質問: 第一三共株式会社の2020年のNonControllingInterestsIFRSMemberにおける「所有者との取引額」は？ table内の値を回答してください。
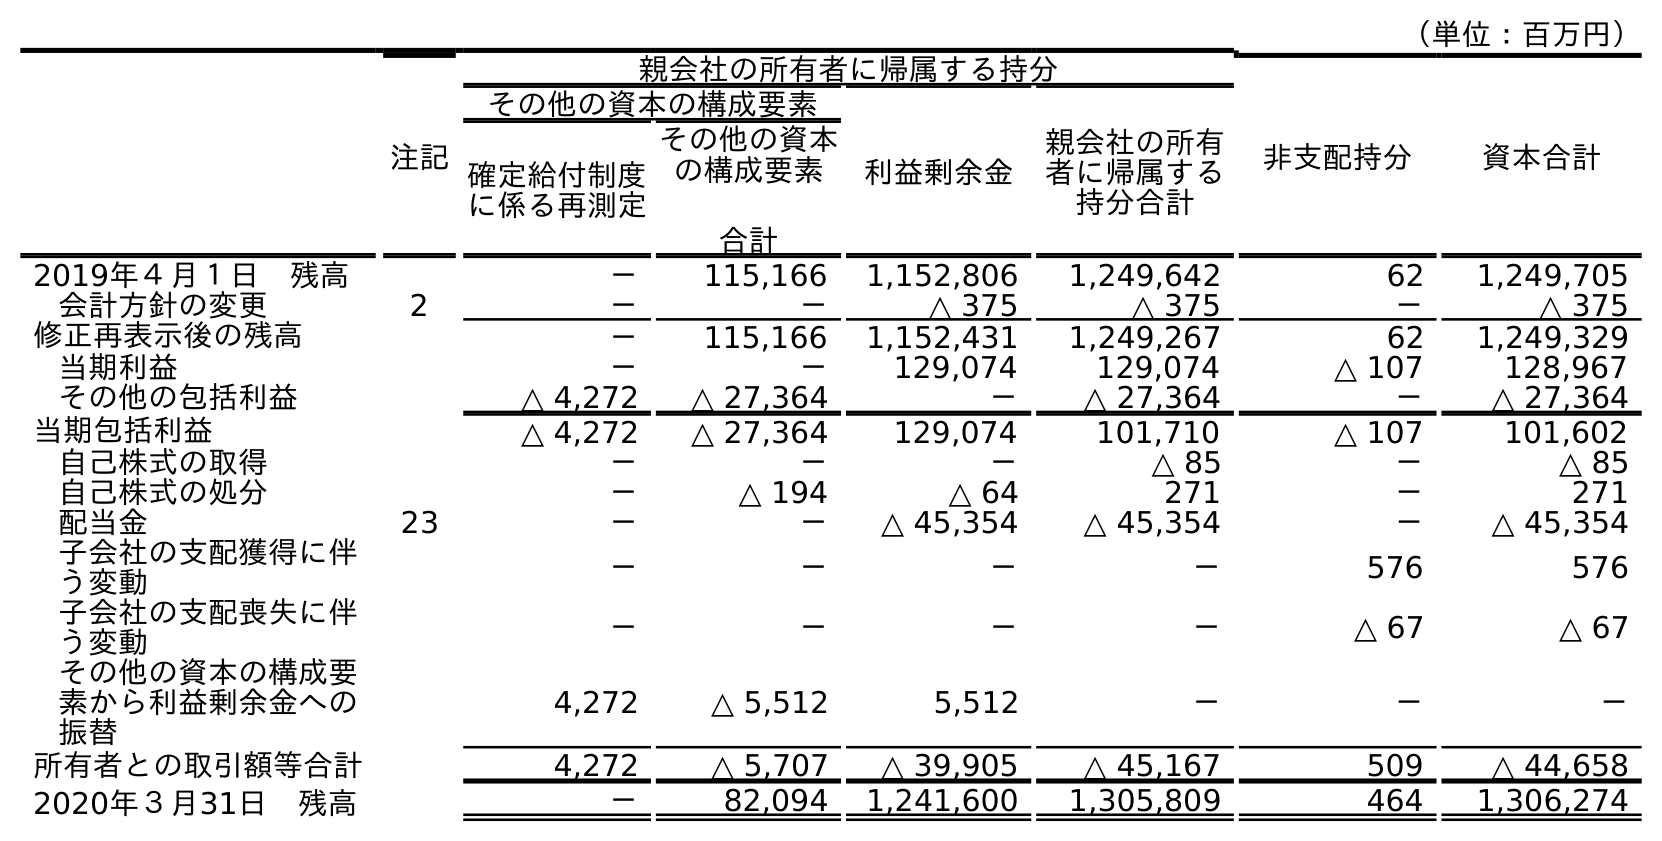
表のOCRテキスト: （単位：百万円） 注記 親会社の所有者に帰属する持分 非支配持分 資本合計 その他の資本の構成要素 利益剰余金 親会社の所有 者に帰属する 持分合計 確定給付制度 に係る再測定 その他の資本 の構成要素 合計 2019年４月１日 残高 － 115,166 1,152,806 1,249,642 62 1,249,705 会計方針の変更 2 － － △ 375 △ 375 － △ 375 修正再表示後の残高 － 115,166 1,152,431 1,249,267 62 1,249,329 当期利益 － － 129,074 129,074 △ 107 128,967 その他の包括利益 △ 4,272 △ 27,364 － △ 27,364 － △ 27,364 当期包括利益 △ 4,272 △ 27,364 129,074 101,710 △ 107 101,602 自己株式の取得 － － － △ 85 － △ 85 自己株式の処分 － △ 194 △ 64 271 － 271 配当金 23 － － △ 45,354 △ 45,354 － △ 45,354 子会社の支配獲得に伴 う変動 － － － － 576 576 子会社の支配喪失に伴 う変動 － － － － △ 67 △ 67 その他の資本の構成要 素から利益剰余金への 振替 4,272 △ 5,512 5,512 － － － 所有者との取引額等合計 4,272 △ 5,707 △ 39,905 △ 45,167 509 △ 44,658 2020年３月31日 残高 － 82,094 1,241,600 1,305,809 464 1,306,274
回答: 509